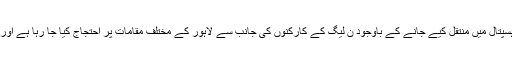
جبکہ دوسری جانب نواز شریف کو سروسز ہسپتال میں منتقل کیے جانے کے باوجود ن لیگ کے کارکنوں کی جانب سے لاہور کے مختلف مقامات پر احتجاج کیا جا رہا ہے اور ٹائر جلا کر راستے بلاک کر دیے گئے ہیں۔